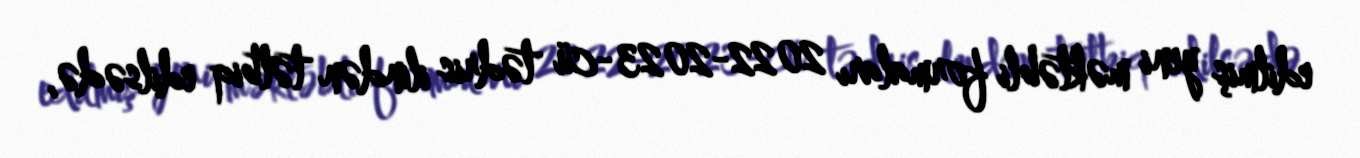
edilmiş yeni məktəbli formaları 2022-2023-cü tədris ilindən tətbiq edilsə də,